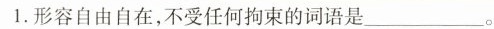
1.形容自由自在，不受任何拘束的词语是___。